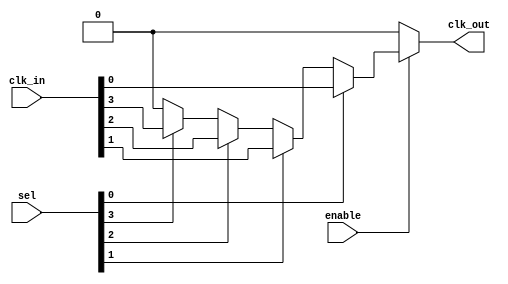
module ClockMultiplexerBuffer #(
    parameter NUM_CLOCKS = 4  // Number of clock inputs
)(
    input  wire [NUM_CLOCKS-1:0] clk_in,  // Multiple clock inputs
    input  wire [NUM_CLOCKS-1:0] sel,      // Selection input
    input  wire enable,                     // Enable signal
    output reg clk_out                      // Output clock
);

    always @(*) begin
        if (enable) begin
            case (1'b1)  // Check for the selected clock
                sel[0]: clk_out = clk_in[0];
                sel[1]: clk_out = clk_in[1];
                sel[2]: clk_out = clk_in[2];
                sel[3]: clk_out = clk_in[3];
                default: clk_out = 1'b0; // Default case, should not be reached
            endcase
        end else begin
            clk_out = 1'b0;  // Hold low when not enabled
        end
    end

endmodule